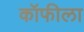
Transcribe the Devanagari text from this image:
कॉफीला